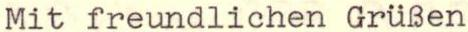
Mit freundlichen Grüßen